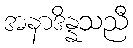
အနာဒိန္နသညီ